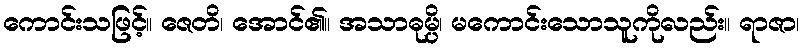
ကောင်းသဖြင့်။ ဇေတိ၊ အောင်၏။ အသာဓုမ္ပိ၊ မကောင်းသောသူကိုလည်း။ ရာဇာ၊